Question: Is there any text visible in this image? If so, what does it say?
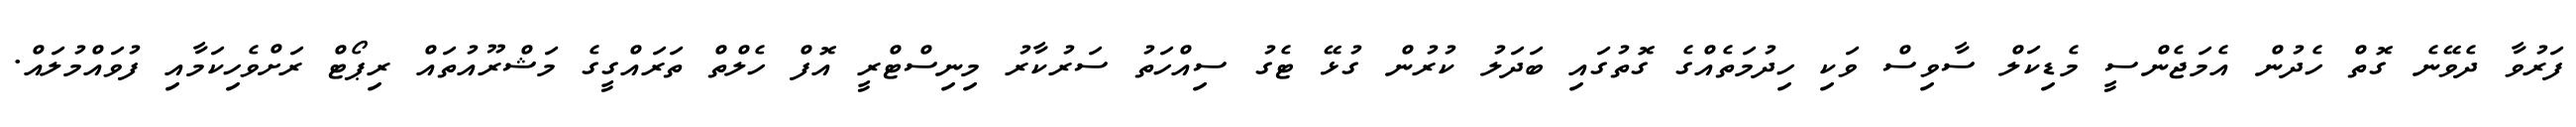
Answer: ފަރުވާ ދެވޭނެ ގޮތް ހެދުން އެމަޖެންސީ މެޑިކަލް ސާވިސް ވަކި ހިދުމަތެއްގެ ގޮތުގައި ބަދަލު ކުރުން ގުޅޭ ޓެގު ސިއްހަތު ސަރުކާރު މިނިސްޓްރީ އޮފް ހެލްތް ތަރައްގީގެ މަޝްރޫއުތައް ރިޕޯޓް ރަށްވެހިކަމާއި ފުވައްމުލައް.